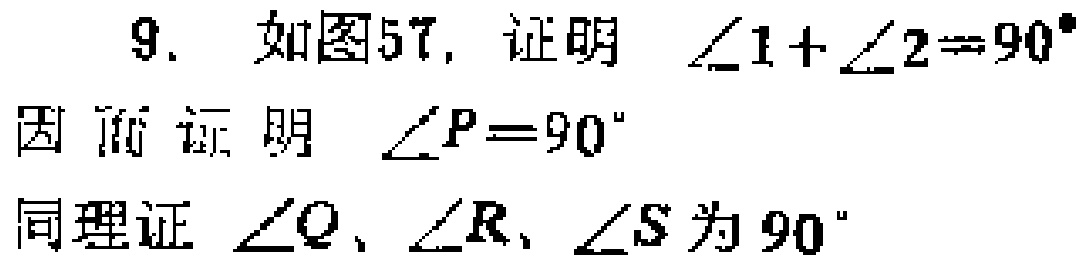
9. 如图57, 证明 $\angle1 + \angle2 = 90^{\circ}$
因而证明 $\angle P = 90^{\circ}$
同理证 $\angle Q$、$\angle R$、$\angle S$ 为 $90^{\circ}$